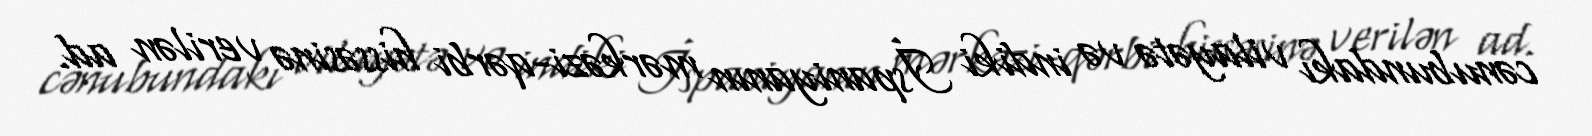
cənubundakı vilayətə və indiki İspaniyanın mərkəzi-qərbi hissəsinə verilən ad.